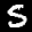
Label: 5